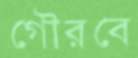
গৌরবে